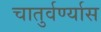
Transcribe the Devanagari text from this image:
चातुर्वर्ण्यास